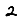
Digit: 2